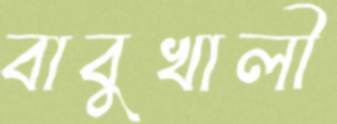
বাবুখালী